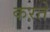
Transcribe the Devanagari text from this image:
कऱते